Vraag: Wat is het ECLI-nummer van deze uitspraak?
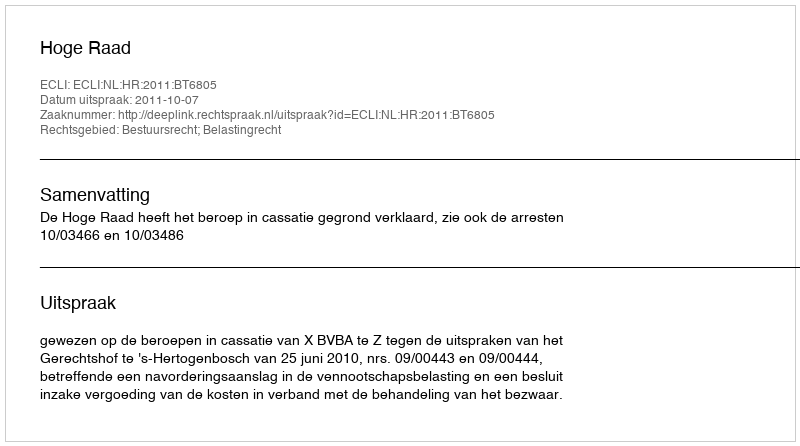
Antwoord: ECLI:NL:HR:2011:BT6805